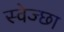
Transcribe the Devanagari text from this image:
स्वेज्छा